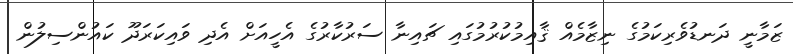
ޒަމާނީ ދަނޑުވެރިކަމުގެ ނިޒާމެއް ޤާއިމުކުރުމުގައި ޗައިނާ ސަރުކާރުގެ އެހީއަށް އެދި ވައިކަރަދޫ ކައުންސިލުން